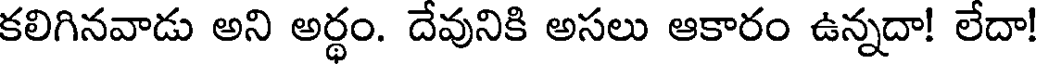
కలిగినవాడు అని అర్థం. దేవునికి అసలు ఆకారం ఉన్నదా! లేదా